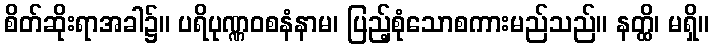
စိတ်ဆိုးရာအခါ၌။ ပရိပုဏ္ဏဝစနံနာမ၊ ပြည့်စုံသောစကားမည်သည်။ နတ္ထိ၊ မရှိ။